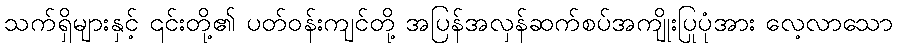
သက်ရှိများနှင့် ၎င်းတို့၏ ပတ်ဝန်းကျင်တို့ အပြန်အလှန်ဆက်စပ်အကျိုးပြုပုံအား လေ့လာသော